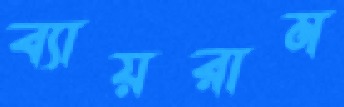
ব্যায়রাম